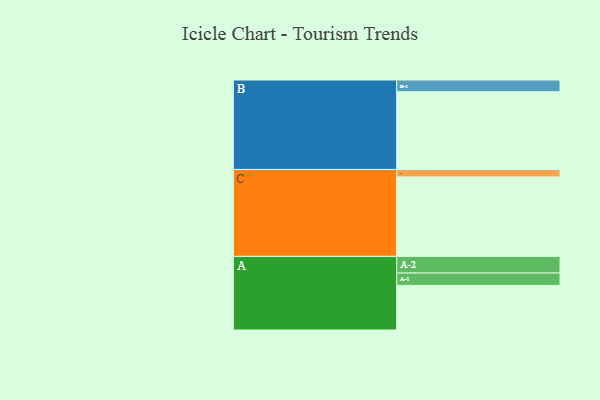
{"axis": {"x": "Segment", "y": "Value"}, "legend": ["", "A", "B", "C"], "data": [{"x": "A", "y": 335, "type": ""}, {"x": "B", "y": 584, "type": ""}, {"x": "C", "y": 597, "type": ""}, {"x": "A-1", "y": 93, "type": "A"}, {"x": "A-2", "y": 125, "type": "A"}, {"x": "B-1", "y": 88, "type": "B"}, {"x": "C-1", "y": 56, "type": "C"}]}